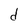
Character: d